Vaccination North-Western Provinces 1866-1877 - 1866-1877
Year: 1866
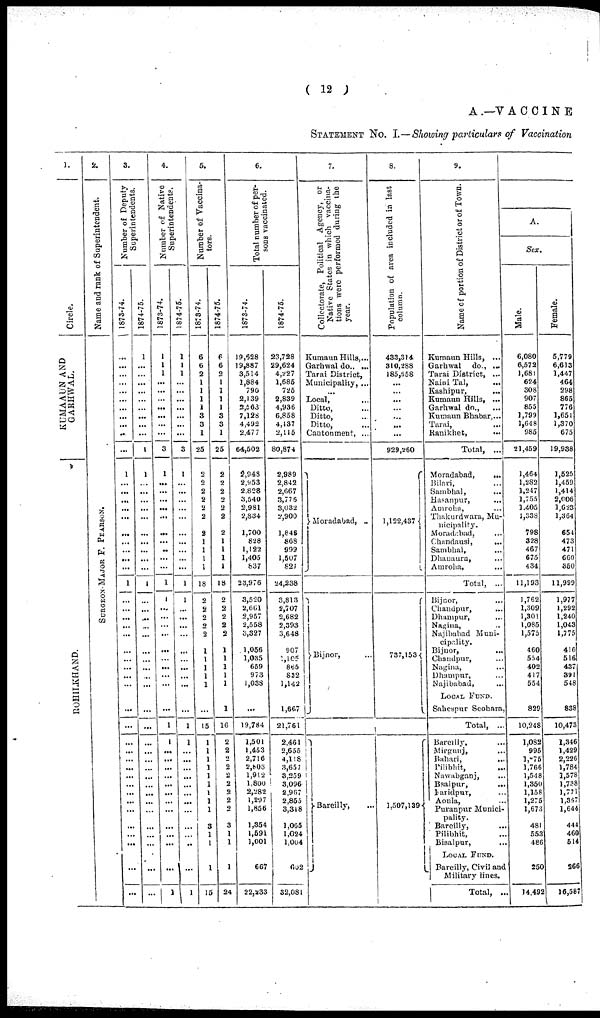
( 12 )
A.—VACCINE
STATEMENT No. I.—Showing particulars of Vaccination
1.
Circle.
KUMAAUN AND
GARHWAL.
ROHILKHAND.
2.
Name and rank of Superintendent.
SURGEON-MAJOR F. PEARSON.
3.
Number of Deputy
Superintendents.
1873-74.
...
...
...
...
...
...
...
...
...
...
...
1
...
...
...
...
...
...
...
...
...
...
1
...
...
...
...
...
...
...
...
...
...
...
...
...
...
...
...
...
...
...
...
...
...
...
...
1
...
...
...
...
...
...
...
...
...
1
1
...
...
...
...
...
...
...
...
...
...
1
...
...
...
...
...
...
...
...
...
...
...
...
...
...
...
...
...
...
...
...
...
...
...
...
...
4.
Number of Native
Superintendents.
1
1
1
...
...
...
...
...
...
...
3
1
...
...
...
...
...
...
...
...
...
...
1
1
...
...
...
...
...
...
...
...
...
...
1
1
...
...
...
...
...
...
...
...
...
...
...
...
1
1874-75.
1
1
1
...
...
...
...
...
...
...
3
1
...
...
...
...
...
...
...
...
...
...
1
1
...
...
...
...
...
...
...
...
...
...
1
1
...
...
...
...
...
...
...
...
...
...
..
...
1
5.
Number of Vaccina¬
tors.
1873-74.
6
6
2
1
1
1
1
3
3
1
25
2
2
2
2
2
2
2
1
1
1
1
18
2
2
2
2
2
1
1
1
1
1
...
15
1
1
1
1
1
1
1
1
1
3
1
1
1
15
1874-75.
6
6
2
1
1
1
1
3
3
1
25
2
2
2
2
2
2
2
1
1
1
1
18
2
2
2
2
2
1
1
1
1
1
1
16
2
2
2
2
2
2
2
2
2
3
1
1
1
24
6.
Total number of per-
sons vaccinated.
1873-74.
19,628
19,887
3,514
1,884
790
2,139
2,563
7,128
4,492
2,477
64,502
2,948
2,953
2,828
3,540
2,981
2,834
1,700
828
1,122
1,405
837
23,976
3,520
2,661
2,957
2,558
3,327
1,056
1,035
659
973
1,038
...
19,784
1,501
1,453
2,716
2,803
1,912
1,800
2,282
1,297
1,856
1,354
1,591
1,001
667
22,233
1874-75.
23,728
29,624
4,227
1,685
725
2,839
4,936
6,858
4,137
2,115
80,874
2,989
2,842
2,667
3,776
3,032
2,900
1,848
868
999
1,507
821
24,238
3,813
2,707
2,682
2,393
3,648
907
105
865
832
1,142
1,667
21,761
2,461
2,655
4,118
3,657
3,259
3,096
2,967
2,855
3,318
1,065
1,024
1,004
682
32,081
7.
Collectorate, Political Agency, or
Native States in which vaccina-
tions were performed during the
year.
Kumaun Hills, ...
Garhwal do., ...
Tarai District,
Municipality, ...
...
Local, ...
Ditto, ...
Ditto, ...
Ditto, ...
Cantonment, ...
Moradabad, ..
Bijnor, ...
Bareilly, ...
8.
Population of area included in last
column.
433,314
310,288
185,658
...
...
...
...
...
...
...
929,260
1,122,437
737,153
1,507,139
9.
Name of portion of District or of Town.
Kumaun Hills, ...
Garhwal do., ...
Tarai District, ...
Naini Tal, ...
Kashipur, ...
Kumaun Hills, ...
Garhwal do., ...
Kumaun Bhabar,...
Tarai,
...
Ranikhet,
Total, ...
Moradabad,
...
Bilari, ...
Sambhal, ...
Hasanpur, ...
Amroha, ...
Thakurdwara, Mu-
nicipality.
Moradabad, ...
Chnndausi,
...
Sambhal,
Dhauaura,
Amroha,
Total, ...
Bijnor, ...
Chandpur, ...
Dhampur, ... ...
Nagina, ...
Najibabad Muni-
cipality.
Bijnor, ...
Chandpur, ...
Nagina, ...
Dhumpur, ...
Najibabad,
LOCAL FUND.
Sahespur Seohara
Total, ..
Bareilly, ...
Mirgunj, ...
Bahari,
...
Pilibhit, ...
Nawabganj, ...
Bsalpur,
...
Faridpur, ...
Aonla, ...
Puranpur Munici-
pality.
Bareilly, ...
Pilibhit, ...
Bisalpur, ...
Local Fund.
Bareilly, Civil and
Military lines.
Total, ...
A.
Sex.
Male.
6,080
6,572
1,681
624
308
907
855
1,799
1,648
985
21,459
1,464
1,282
1,247
1,755
1,405
1,338
798
328
467
675
434
11,193
1,762
1,309
1,301
1,085
1,575
460
554
402
417
554
829
10,248
1,082
995
1,875
1,766
1,548
1,350
1,158
1,275
1,678
483
553
486
250
14,492
Female.
5,779
6,613
1,447
464
298
865
776
1,651
1,370
675
19,938
1,525
1,459
1,414
2,606
1,623
1,364
654
473
471
660
350
11,999
1,977
1,292
1,240
1,043
1,775
416
516
437
391
548
838
10,473
1,346
1,429
2,226
1,784
1,578
1,738
1,771
1,387
1,644
444
460
514
266
15,587